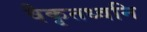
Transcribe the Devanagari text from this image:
वैकृतध्वनि